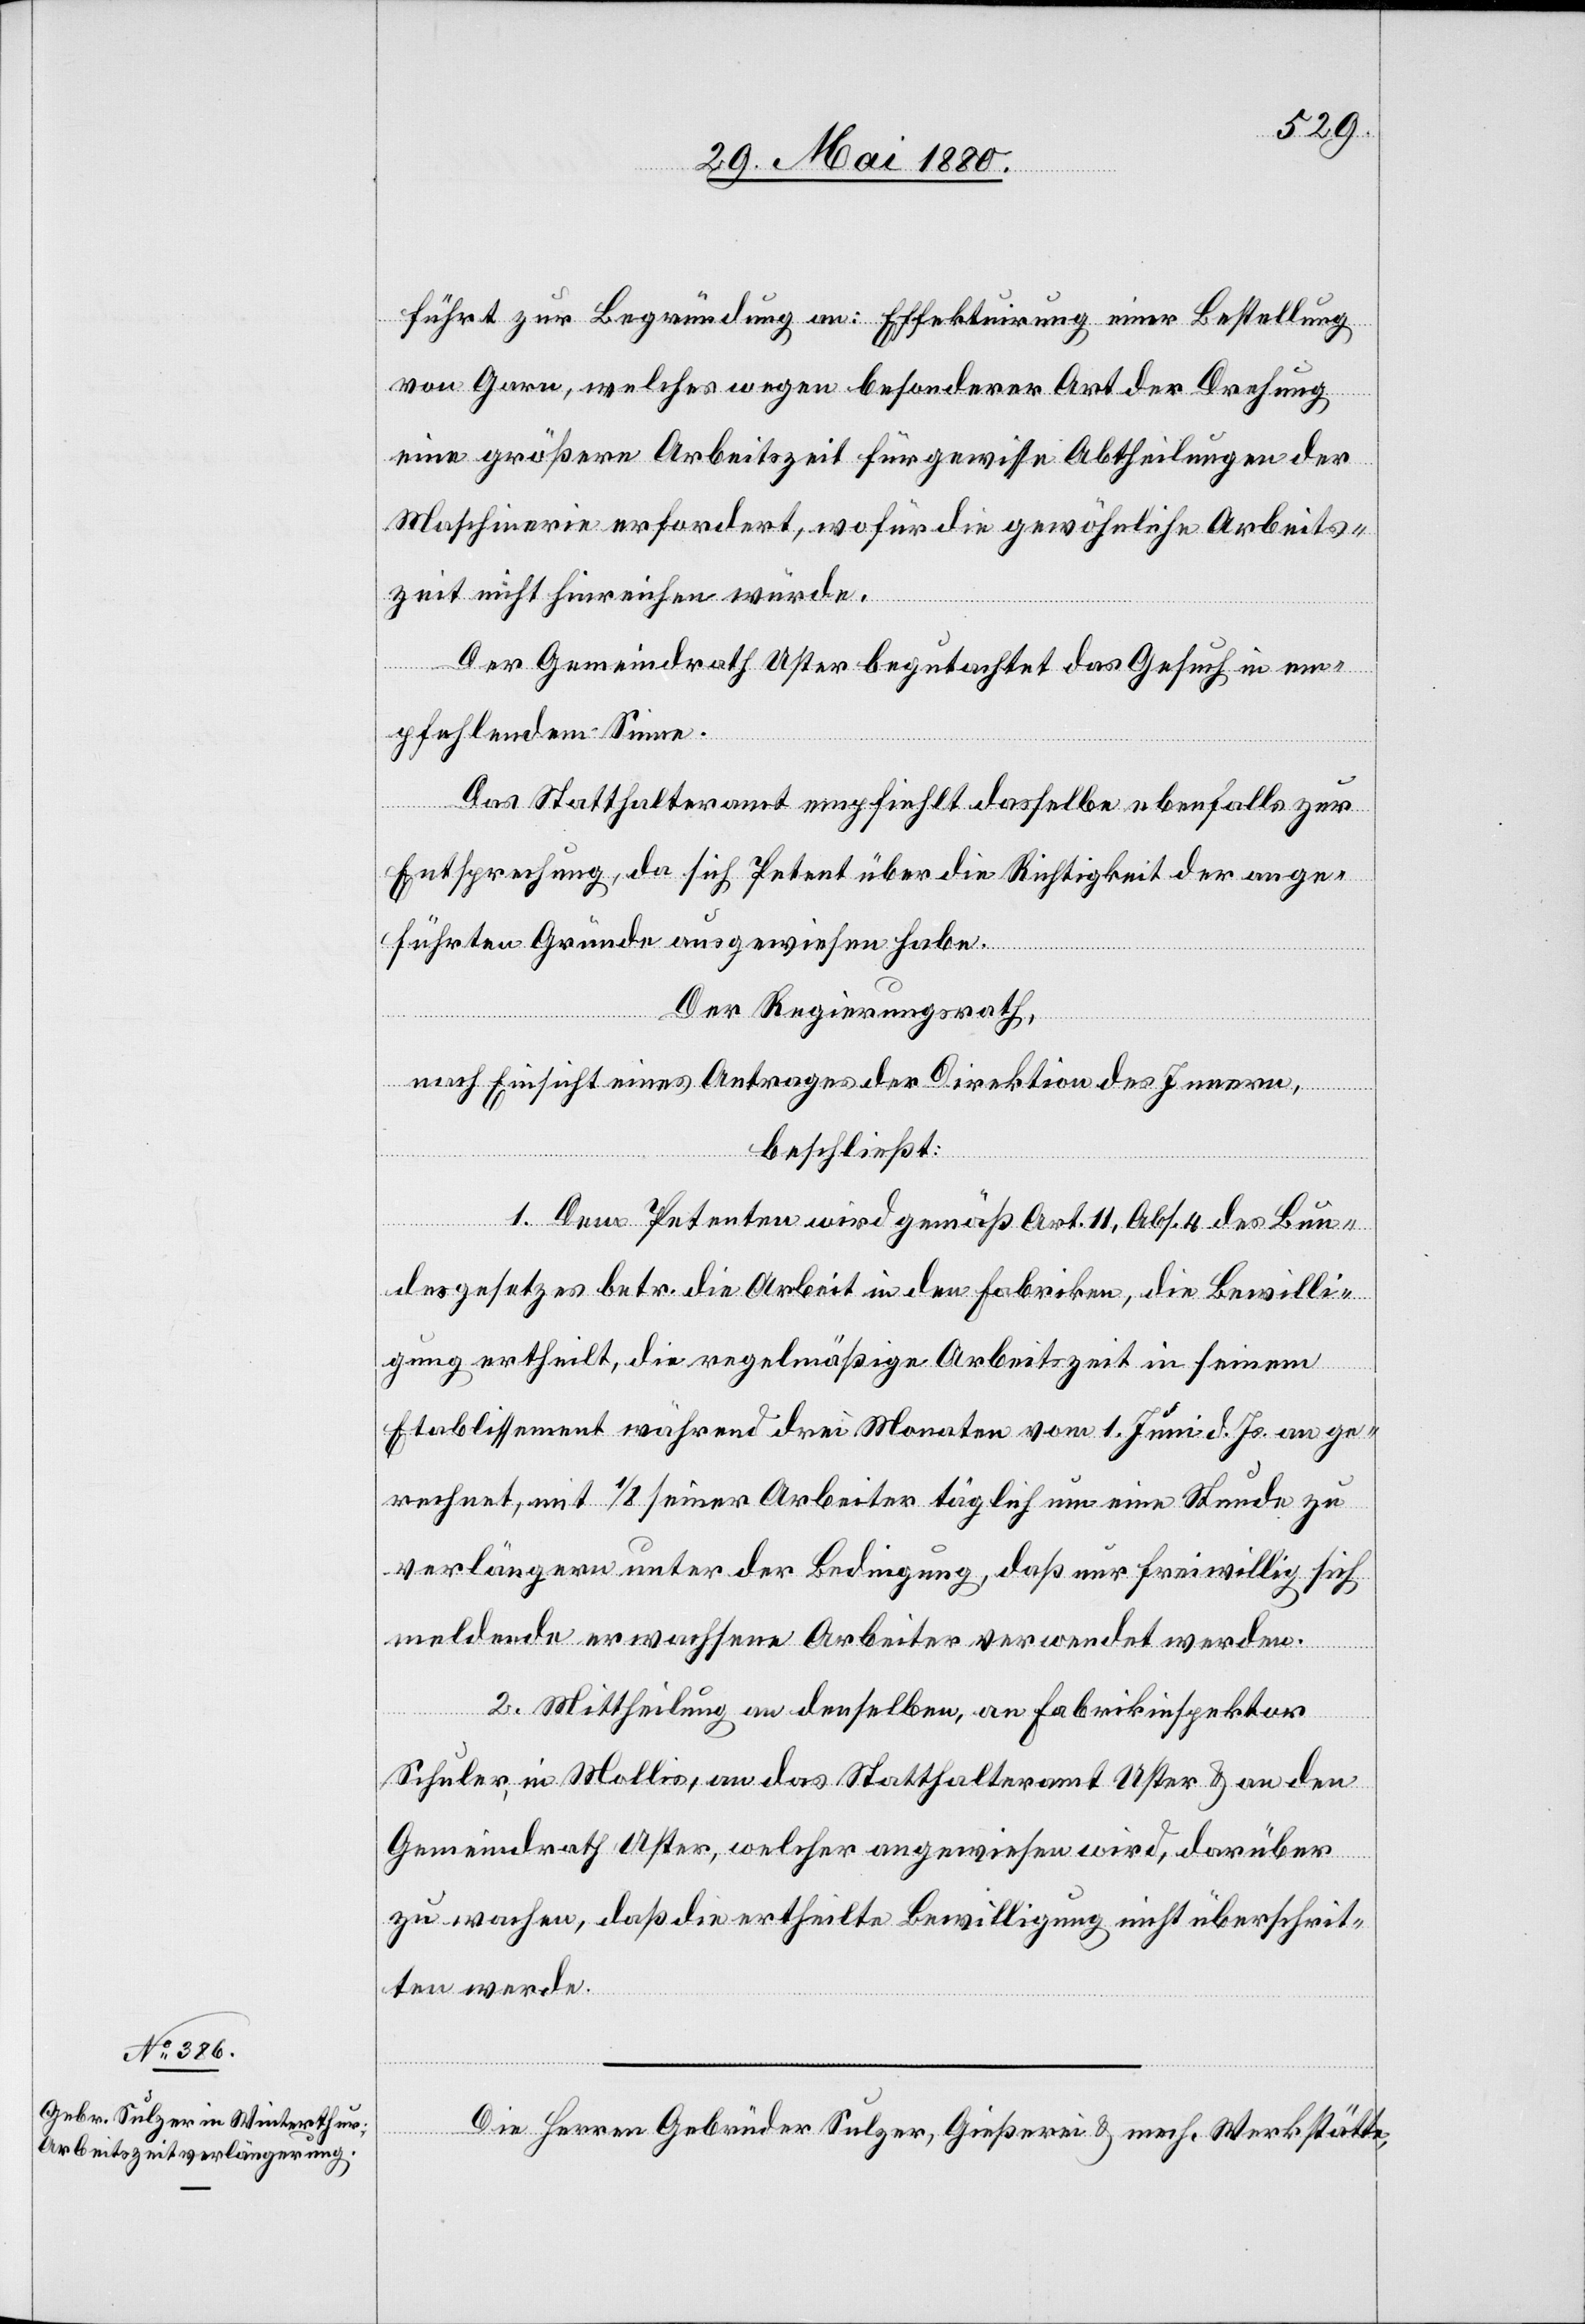
führt zur Begründung an: Effektuirung einer Bestellung
von Garn, welches wegen besonderer Art der Drehung
eine größere Arbeitszeit für gewisse Abtheilungen der
Maschinerie erfordert, wofür die gewöhnliche Arbeits¬
zeit nicht hinreichen würde.
Der Gemeindrath Uster begutachtet das Gesuch in em¬
pfehlendem Sinne.
Das Statthalteramt empfiehlt dasselbe ebenfalls zur
Entsprechung, da sich Petent über die Richtigkeit der ange¬
führten Gründe ausgewiesen habe.
Der Regierungsrath,
nach Einsicht eines Antrages der Direktion des Innern,
beschließt:
1. Dem Petenten wird gemäß Art. 11, Abs. 4 des Bun¬
desgesetzes betr. die Arbeit in den Fabriken, die Bewilli¬
gung ertheilt, die regelmäßige Arbeitszeit in seinem
Etablissement während drei Monaten vom 1. Juni d. Js. an ge¬
rechnet, mit 1/8 seiner Arbeiter täglich um eine Stunde zu
verlängern unter der Bedingung, daß nur freiwillig sich
meldende erwachsene Arbeiter verwendet werden.
2. Mittheilung an denselben, an Fabrikinspektor
Schuler, in Mollis, an das Statthalteramt Uster & an den
Gemeindrath Uster, welcher angewiesen wird, darüber
zu wachen, daß die ertheilte Bewilligung nicht überschrit¬
ten werde.
Die Herren Gebrüder Sulzer, Gießerei & mech. Werkstätte,